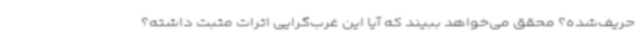
حریف‌شده؟ محقق می‌خواهد ببیند که آیا این غرب‌گرایی اثرات مثبت داشته؟